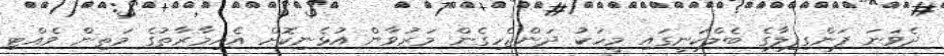
ދެވަނަ ފަންގިފިލާގެ ބެލްކަނީގައި މީހަކު ދަންޖެހިގެން މަރުވާން އުޅެނިކޮށް އެއިމާރާތުގެ މަތިން ވެއްޓި